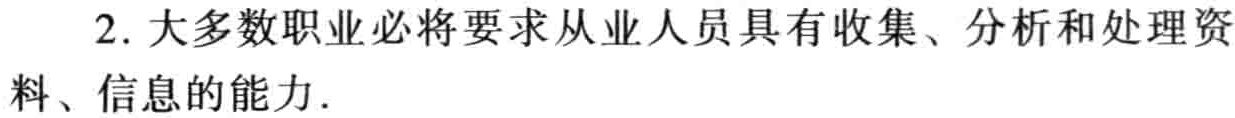
2. 大多数职业必将要求从业人员具有收集、分析和处理资料、信息的能力．